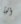
ألجأ